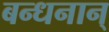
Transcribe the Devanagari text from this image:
बन्धनान्